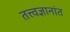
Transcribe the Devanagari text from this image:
तत्त्वज्ञानांत